Lunatic asylums in Bengal annual reports 1888-1898 - 1888-1898
Year: 1888
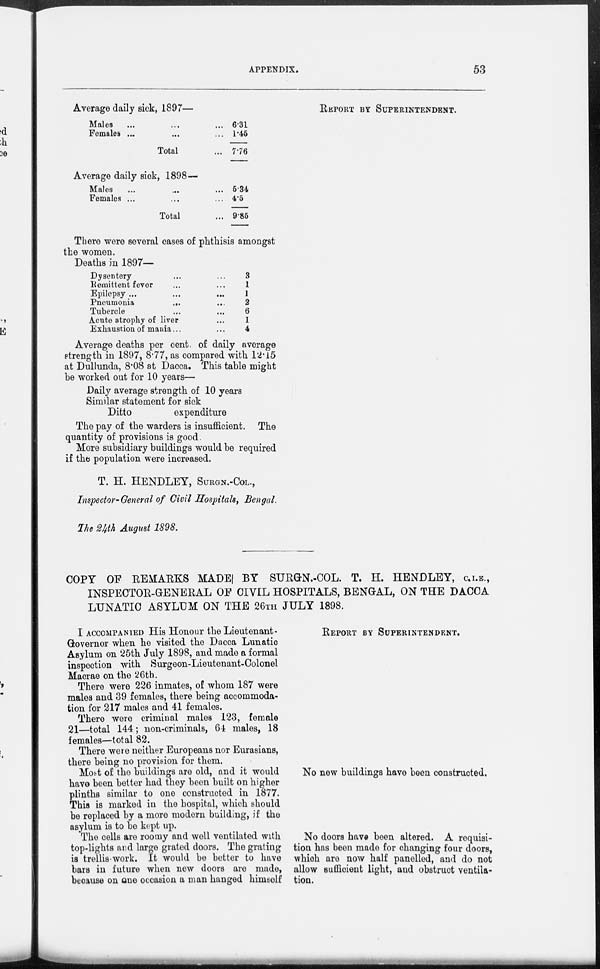
APPENDIX.
53
Average daily sick, 1897—
Males
Females ...
Total
6.31
1.45
776
Average daily sick, 1898—
Males
Females ...
Total
534
4.5
9.85
There were several cases of phthisis amongst
the women.
Deaths in 1897—
Dysentery
Remittent fever
Epilepsy ...
Pneumonia
...
Tubercle
Acute atrophy of liver
Exhaustion of mania... ...
3
1
J
2
6
1
4
Average deaths per cent. of daily average
strength in 1897, 8.77, as compared with 12.15
at Dullunda, 8.08 at Dacca. This table might
be worked out for 10 years—
Daily average strength of 10 years
Similar statement for sick
Ditto
expenditure
The pay of the warders is insufficient. The
quantity of provisions is good.
More subsidiary buildings would be required
if the population were increased.
T. H. HENDLEY, SURGN.-COL.,
Inspector-General of Civil Hospitals, Bengal.
The 24th August 1898.
REPORT BY SUPERINTENDENT.
COPY OF REMARKS MADE BY SURGN.-COL. T. H. HENDLEY, C.I.E.,
INSPECTOR-GENERAL OF CIVIL HOSPITALS, BENGAL, ON THE DACCA
LUNATIC ASYLUM ON THE 26TH JULY 1898.
I ACCOMPANIED His Honour the Lieutenant-
Governor when he visited the Dacca Lunatic
Asylum on 25th July 1898, and made a formal
inspection with Surgeon-Lieutenant-Colonel
Macrae on the 26th.
There were 226 inmates, of whom 187 were
males and 39 females, there being accommoda-
tion for 217 males and 41 females.
There were criminal males 123, female
21—total 144; non-criminals, 64 males, 18
females—total 82.
There were neither Europeans nor Eurasians,
there being no provision for them.
Most of the buildings are old, and it would
have been better had they been built on higher
plinths similar to one constructed in 1877.
This is marked in the hospital, which should
be replaced by a more modern building, if the
asylum is to be kept up.
The cells are roomy and well ventilated with
top-lights and large grated doors. The grating
is trellis work. It would be better to have
bars in future when new doors are made,
because on one occasion a man hanged himself
REPORT BY SUPERINTENDENT.
No new buildings have been constructed.
No doors have been altered. A requisi-
tion has been made for changing four doors,
which are now half panelled, and do not
allow sufficient light, and obstruct ventila-
tion.